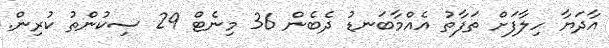
އާދަޔާ ހިލާފަށް ތަފާތު އެއްމާބަނޑު ދެބެން 36 މިނެޓް 29 ސިކުންތު ކުރިން.